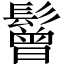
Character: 鬙